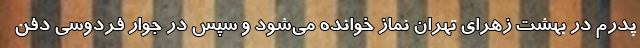
پدرم در بهشت زهرای تهران نماز خوانده می‌شود و سپس در جوار فردوسی دفن